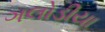
ગલોડીયા